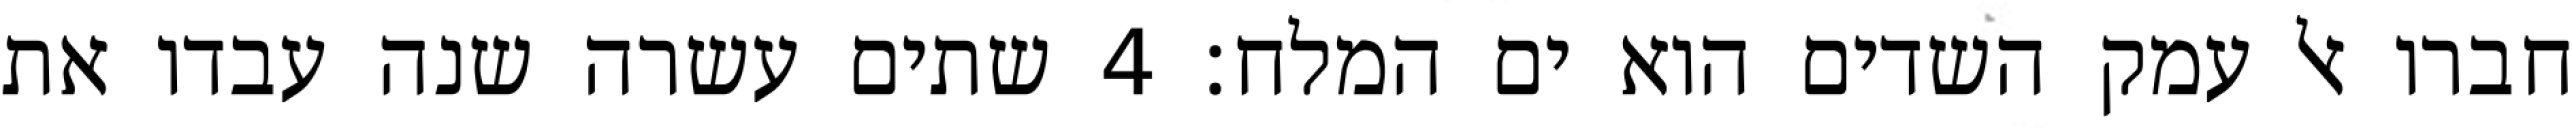
חברו אל עמק השדים הוא ים המלח׃ ‎4‏ שתים עשרה שנה עבדו את